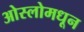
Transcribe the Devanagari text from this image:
ओस्लोमधून